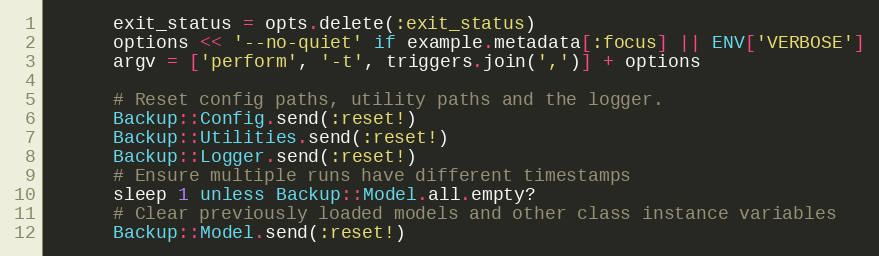
Language: Ruby
      exit_status = opts.delete(:exit_status)
      options << '--no-quiet' if example.metadata[:focus] || ENV['VERBOSE']
      argv = ['perform', '-t', triggers.join(',')] + options

      # Reset config paths, utility paths and the logger.
      Backup::Config.send(:reset!)
      Backup::Utilities.send(:reset!)
      Backup::Logger.send(:reset!)
      # Ensure multiple runs have different timestamps
      sleep 1 unless Backup::Model.all.empty?
      # Clear previously loaded models and other class instance variables
      Backup::Model.send(:reset!)